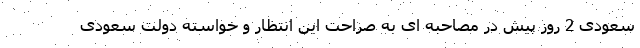
سعودی 2 روز پیش در مصاحبه ای به صراحت این انتظار و خواسته دولت سعودی